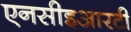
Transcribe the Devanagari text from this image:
एनसीइआरटी